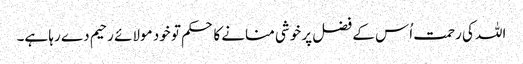
اللہ کی رحمت اُس کے فضل پر خوشی منانے کا حکم تو خود مولائے رحیم دے رہا ہے۔